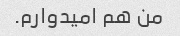
من هم امیدوارم.